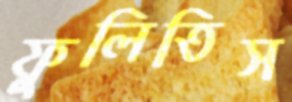
ফুলিতিস